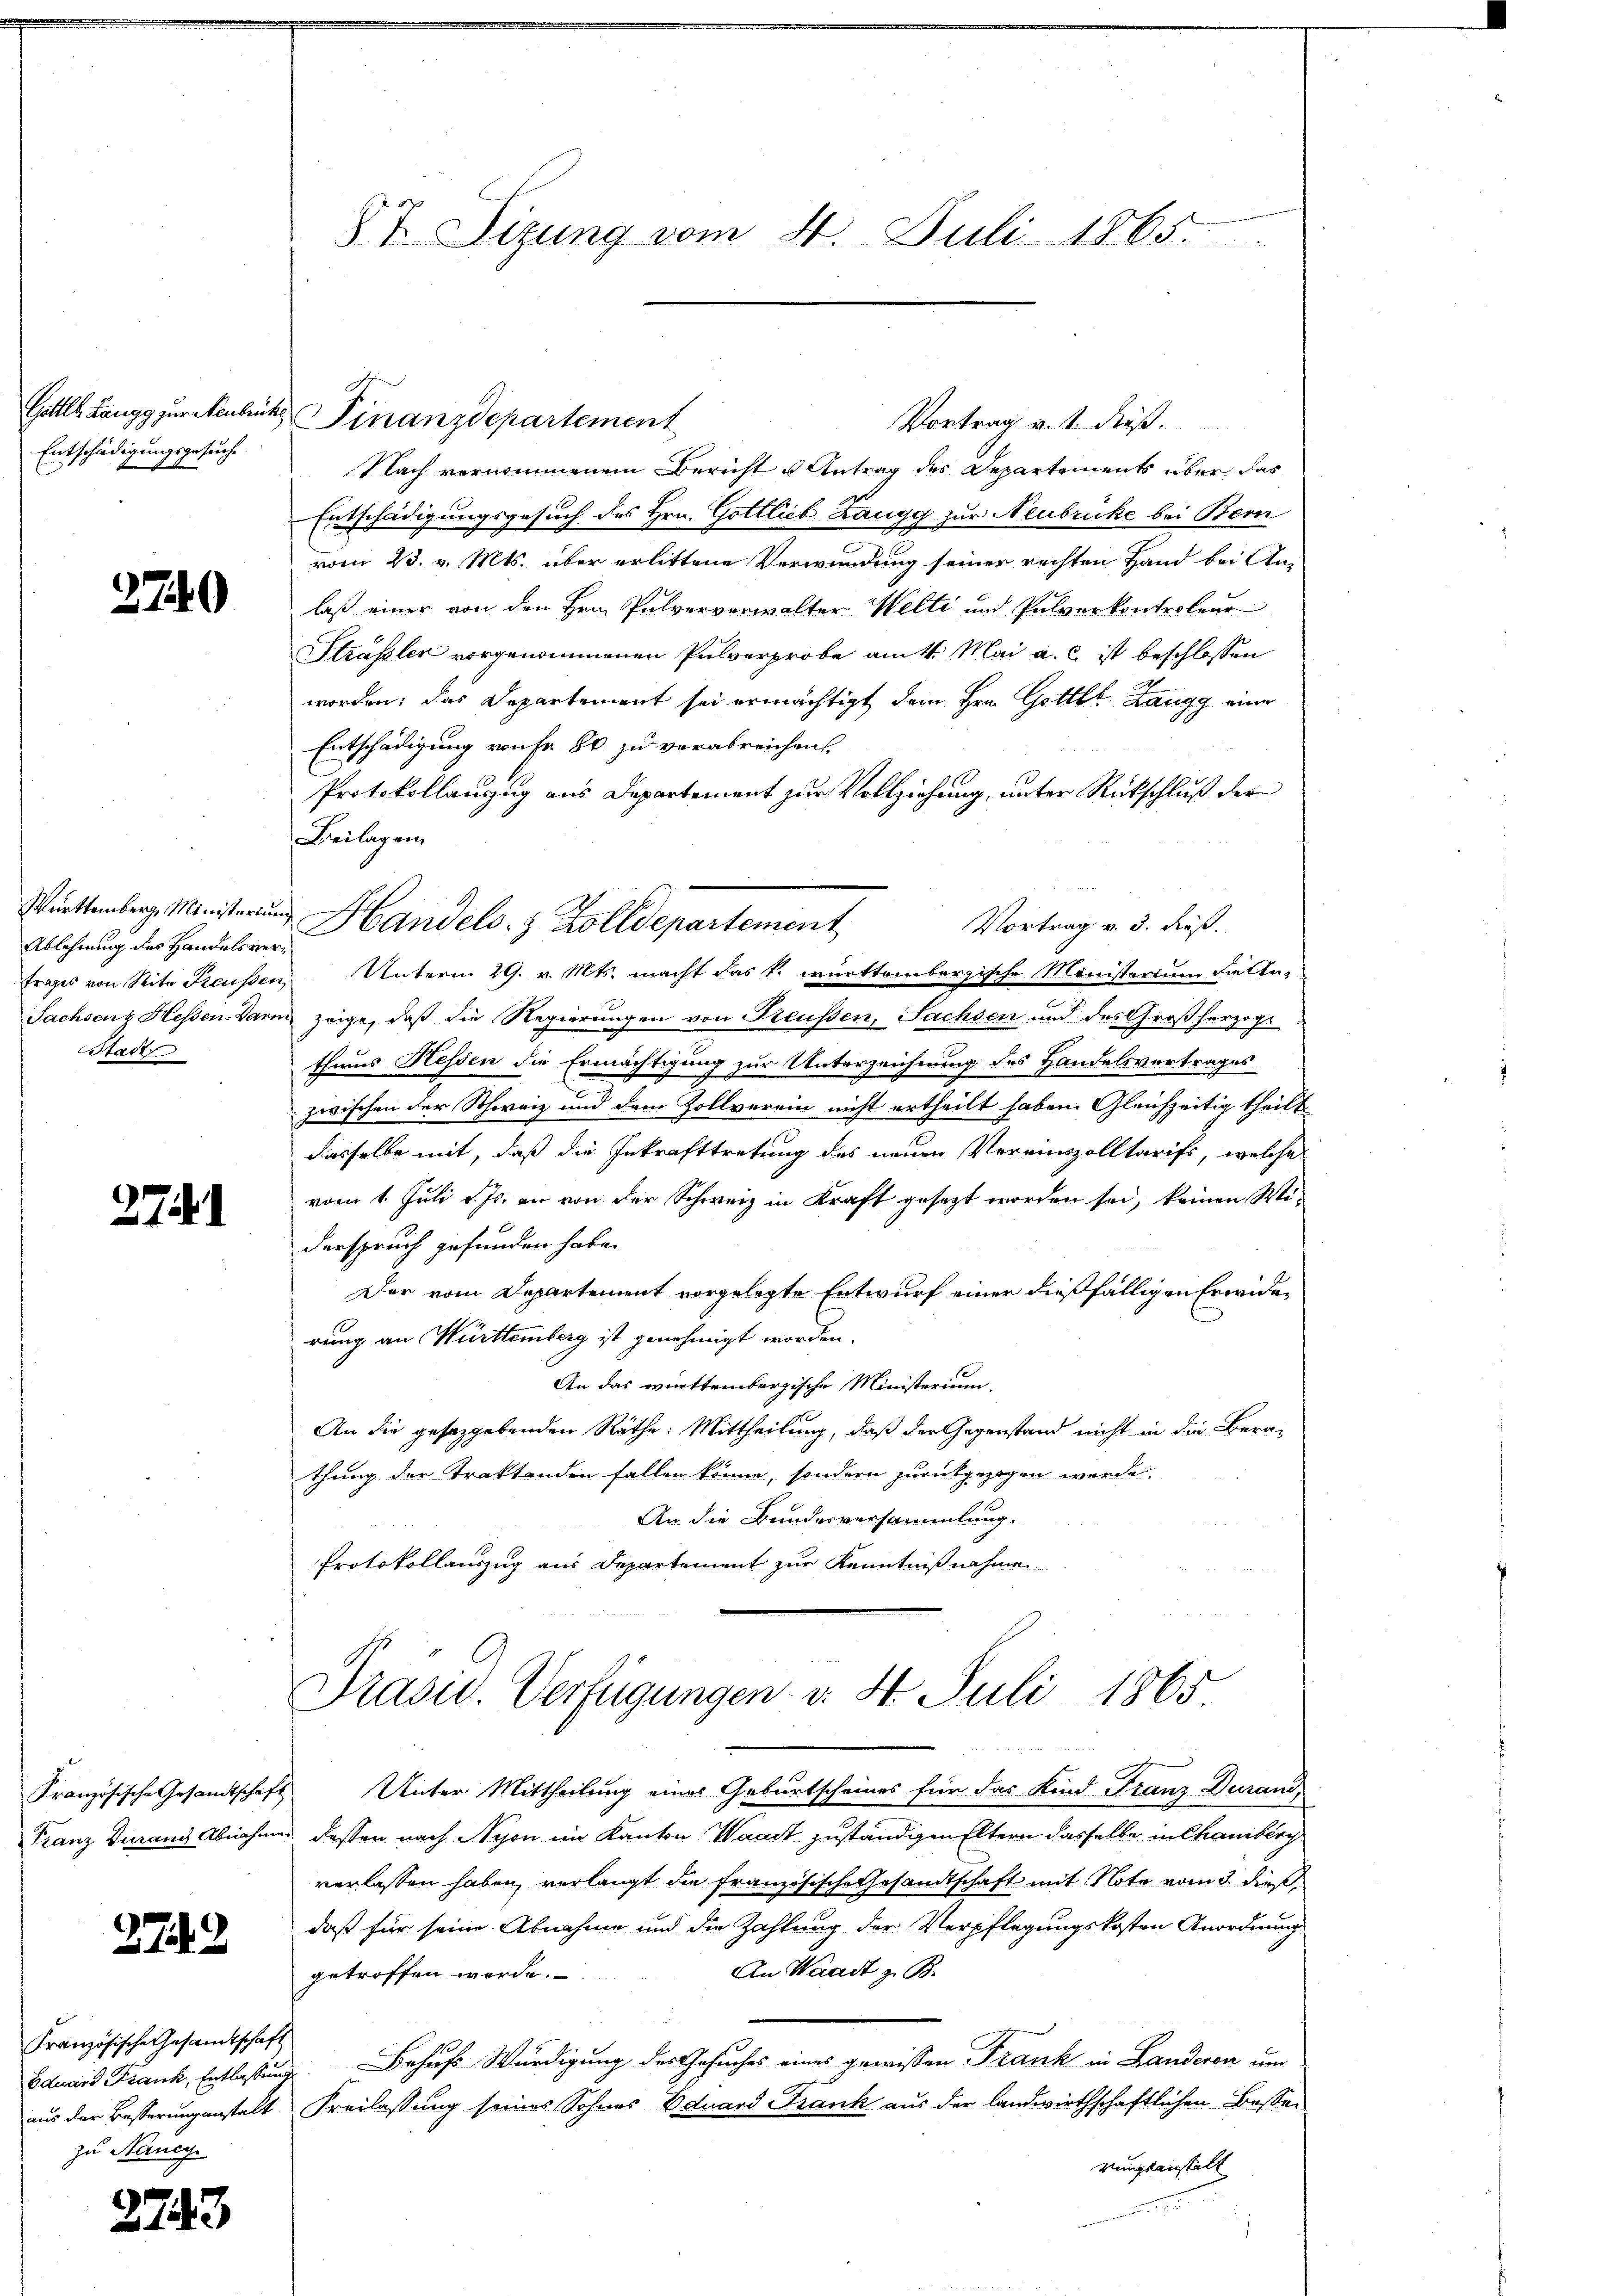
Entschädigungsgesuche.

2740

Ablehnung des Handelsvertrages von Seite Preußen,
Stadtr

2741

Französische Gesamtschaft
zu Nancy

2743

Vortrag v. 1. dieß.
Nach vernommenem Bericht u Antrag des Departements über das
Entschädigungsgesuch des Hrn. Gottlieb Zaugg zur Neubrücke bei Bern
vom 23. v. Mts. über erlittene Verwendung seiner rechten Hand bei Anlaß einer von den Hrn. Pulververwalter Welti und Pulverkontroleur
Strässler vorgenommenen Pulverprobe am 4. Mai a. c. ist beschlossen
worden; das Departement sei ermächtigt dem Hrn. Gottlk. Langg eine
Entschädigung reihe 8 zu verabreichen,
Protokollauszug aus Departement zur Vollziehung, unter Rückschluß der
Beilagen
Vortrag v. 3. dieß.
Unterm 29. v. Mts. macht das k. württembergische Ministerium mitte¬
Sachsenz Hessen-Darm, zeige, daß die Regierungen von Preussen, Sachsen und des Großherzogthums Hessen die Ermächtigung zur Unterzeichnung des Handelsvertrages
zwischen der Schoriz und dem Zollverein nicht ertheilt haben. Gleichzeitig theilt
dasselbe mit, daß die Inkrafttretung des neuen Vereinszolltarifs, welche
vom 1. Juli v. Js. an von der Schweiz in Kraft gesezt worden sei, keinen Widerspruch gefunden habe.
Der vom Departement vorgelegte Entwurf einer dießfälligen Erwiderung an Württemberg ist genehmigt worden.
An das württembergische Ministerium,
An die gesetzgebenden Räthe: Mittheilung, daß der Gegenstand nicht in die Berathung der Traktanden fallen könne, sondern zurückgezogen werde.
An die Bundesversammlung.
Protokollauszug aus Departement zur Kenntnißnahme
Präsid. Verfügungen v. St. Juli 1865
Französische Gesandtschaft Unter Mittheilung eines Geburtscheines für das Kind Franz Durand,
Franz durand Abnahmen dessen nach Schon im Kanton Waadt zuständigen Eltern dasselbe in Chamberg
verlassen haben, verlangt die französische Gesandtschaft mit Note vom 3. dieß,
daß für seine Abnahme und die Zahlung der Verpflegungskosten Anordnung
3749
An Waadt z. B.
getroffen werde.
Eduard Frank, Entlassung. Behufs Würdigung des Gesuches eines gewissen Frank in Landeren um
aus der Besserungsanstalt Freilassung seines Sohnes Eduard Frank aus der landwirthschaftlichen Besserungsanstalt

87 Sizung vom 4. Juli 1865.

Gottl. Langg zur Neubrucks Finanzdepartement

Wentenberg, Ministerung Handels. 3 Zolldepartement